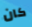
كان